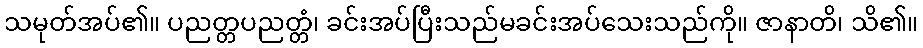
သမုတ်အပ်၏။ ပညတ္တပညတ္တံ၊ ခင်းအပ်ပြီးသည်မခင်းအပ်သေးသည်ကို။ ဇာနာတိ၊ သိ၏။